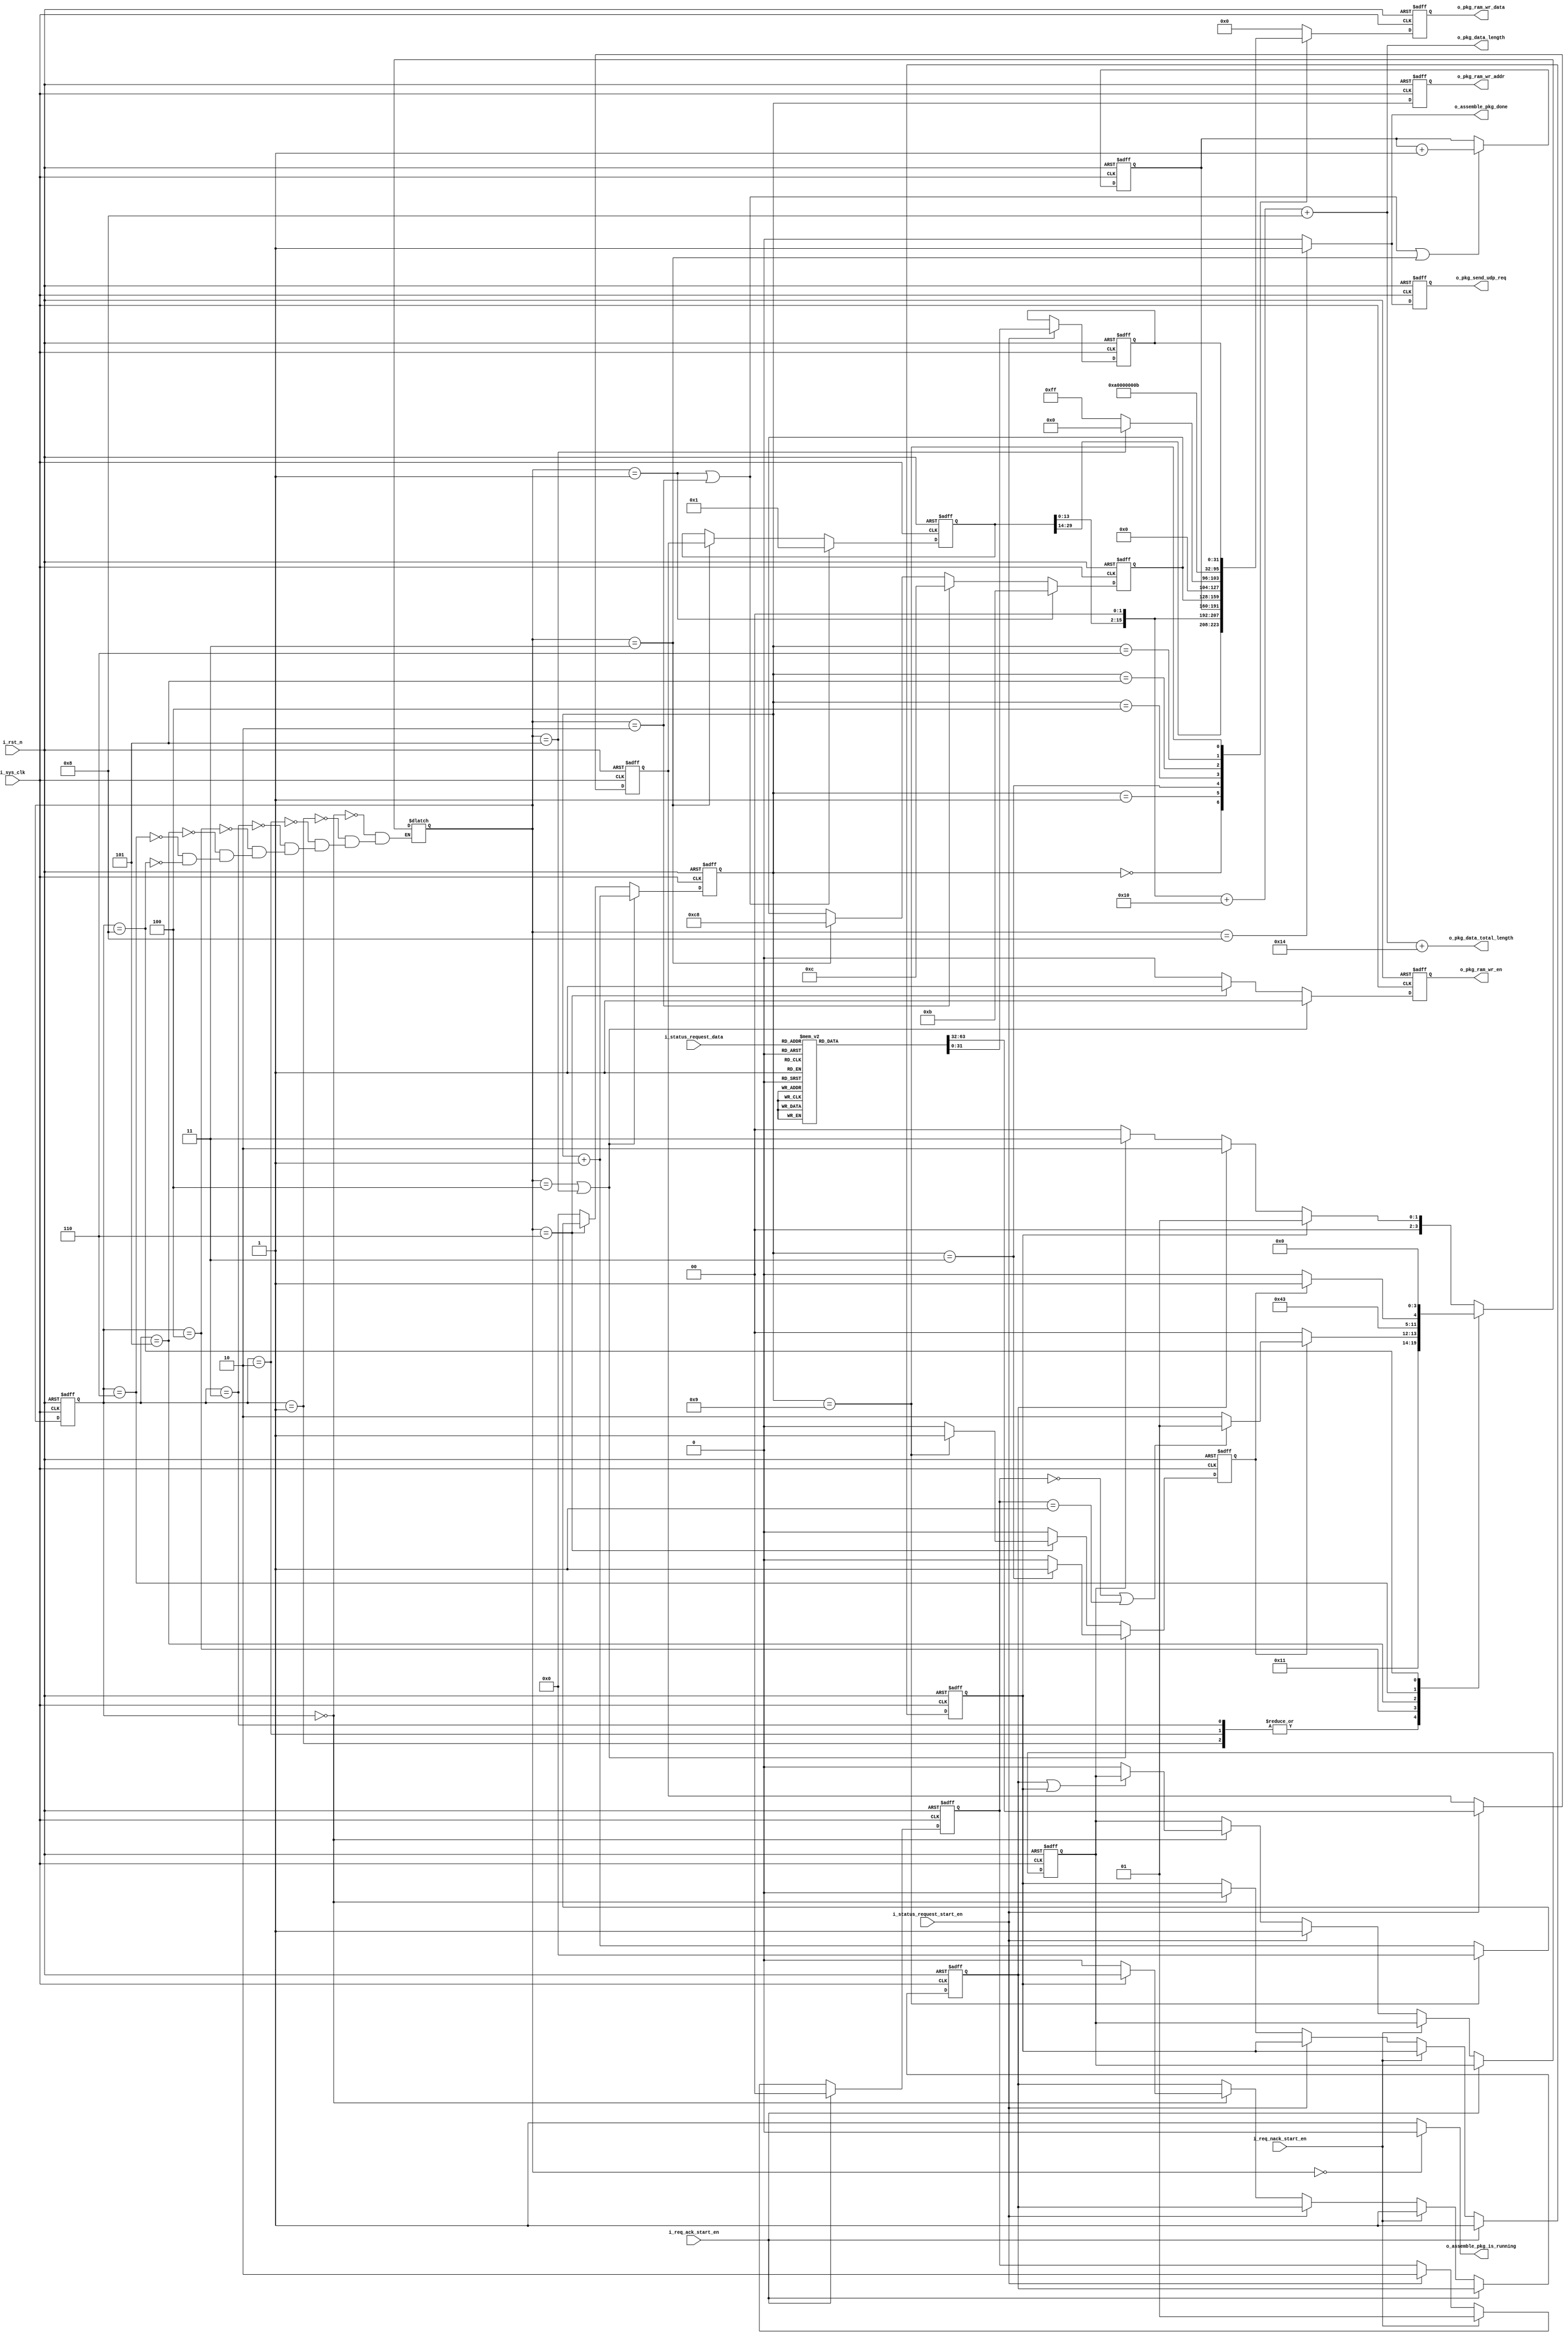
`timescale 1ns / 1ps
//////////////////////////////////////////////////////////////////////////////////
// Company:             Xunitek
// Module Name:         
// HDL Type:            Verilog HDL 
// Target Devices:      zynq-xc7z020clg484-1
// Tool versions:       vivado 2019.1 
// Description:         
// Create Date: 
// Dependencies: 
//--------------------------------------------------------------------------------
// Revision History 		                         
//
//--------------------------------------------------------------------------------
// Additional Comments: 
//protocal data header description:(16 bytes)
//byte          description          type           unit     value
// 4            s_pkg_length         uint_32        byte 
// 4            pkg_cnt              uint_32        num
// 4            reserved             uint_32        num
// 4            Message_ID           uint_32        num
//
//Message_ID:
//011:request ack     4byte
//012:request nack    4byte
//200:status data     variable
//////////////////////////////////////////////////////////////////////////////////
module mcc_data_assemble_pkg
    (
        input               i_sys_clk,
        input               i_rst_n,
        input               i_req_ack_start_en,
        input               i_req_nack_start_en,
        input               i_status_request_start_en,
        input [2:0]         i_status_request_data,
        
        output              o_assemble_pkg_done,
        output              o_assemble_pkg_is_running,
		output [15:0]       o_pkg_data_length,
		output [15:0]       o_pkg_data_total_length,
        output              o_pkg_ram_wr_en,
        output[8:0]         o_pkg_ram_wr_addr,
        output[31:0]        o_pkg_ram_wr_data,
        output  reg         o_pkg_send_udp_req

    );

`ifdef SIMULATION
parameter          Idle                             = "Idle" ;
parameter          Req_Ack_Pkg                      = "Req_Ack_Pkg" ;
parameter          Req_Nack_Pkg                     = "Req_Nack_Pkg" ;
parameter          Status_Data_Pkg                  = "Status_Data_Pkg" ;
parameter          Message_Header                   = "Message_Header" ;
parameter          Ack_Nack_Data                    = "Ack_Nack_Data" ;
parameter          Status_Response_Section_0        = "Status_Response_Section_0" ;
parameter          Write_Pkg_Done                   = "Write_Pkg_Done" ;
parameter          state_wid_msb                    = 200;
`else    
parameter          Idle                             = 4'd0 ;
parameter          Req_Ack_Pkg                      = 4'd1 ;
parameter          Req_Nack_Pkg                     = 4'd2 ;
parameter          Status_Data_Pkg                  = 4'd3 ;
parameter          Message_Header                   = 4'd4 ;
parameter          Ack_Nack_Data                    = 4'd5 ;
parameter          Status_Response_Section_0        = 4'd6 ;
parameter          Status_Response_Section_1        = 4'd7 ;
parameter          Write_Pkg_Done                   = 4'd8 ;
parameter          state_wid_msb                    = 4;
`endif

parameter           REQ_ACK                         =  2'd0;
parameter           REQ_NACK                        =  2'd1; 
parameter           STATUS                          =  2'd2;

parameter            None                            = 3'd0;
parameter            DOF_Option_1                    = 3'd1;
parameter            Length_Option_2                 = 3'd2;
parameter            Actuator_Data_Option_3          = 3'd3;
parameter            Accelerometer_Option_4          = 3'd4;
parameter            Alarm_List_Option_5             = 3'd5;
parameter            Dof_Extended_Data_Option_6      = 3'd6;
parameter            Automated_Test_Status_Option_7  = 3'd7;


reg [state_wid_msb-1:0]           s_fsm_cur;
reg [state_wid_msb-1:0]           s_fsm_next;
reg[31:0]           s_pkg_seq_cnt;
reg[31:0]           s_pkg_length;
reg[31:0]           s_status_data_pkg_length;
reg[31:0]           s_pkg_message_ID;
reg                 s_pkg_ram_wr_en;
reg[8:0]            s_pkg_ram_wr_addr;
reg[31:0]           s_pkg_ram_wr_data;

reg[31:0]           s_machine_status_word='d255;
reg[31:0]           s_discrete_io_word0=10;
reg[31:0]           s_discrete_io_word1=11;
reg[31:0]           s_optional_status_data=2;
reg[8:0]            s_pkg_cnt;
reg                 s_pkg_cnt_done;
reg  [1:0]          s_message_ID_type;
reg                 s_req_ack_wait;
reg                 s_req_nack_wait;
reg                 s_status_req_ack_wait;

always@(posedge i_sys_clk or negedge i_rst_n)
begin
    if(!i_rst_n)begin
        s_req_ack_wait          <= 1'b0;    
        s_req_nack_wait         <= 1'b0;
        s_status_req_ack_wait   <= 1'b0;
    end else if(i_req_ack_start_en)begin
        s_req_ack_wait          <= 1'b1;
    end else if(i_req_nack_start_en)begin
        s_req_nack_wait         <= 1'b1;
    end else if(i_status_request_start_en)begin
        s_status_req_ack_wait   <= 1'b1;
    end else if(s_fsm_cur == Idle)begin
        s_req_ack_wait          <= 1'b0;
        if(s_req_ack_wait)begin
            s_req_nack_wait         <= s_req_nack_wait;
        end else begin
            s_req_nack_wait         <= 1'b0;
        end
        if(s_req_nack_wait|s_req_ack_wait)begin
            s_status_req_ack_wait   <= s_status_req_ack_wait;
        end else begin
            s_status_req_ack_wait   <= 1'b0;
        end
    end else begin
        s_req_ack_wait          <= s_req_ack_wait;    
        s_req_nack_wait         <= s_req_nack_wait;
        s_status_req_ack_wait   <= s_status_req_ack_wait;
    end
end


always@(posedge i_sys_clk or negedge i_rst_n)
begin
    if(!i_rst_n)begin
        s_optional_status_data <= 'd0;
        s_status_data_pkg_length <= 'd0;
    end else if(i_status_request_start_en)begin
        case(i_status_request_data)
            None:  
                begin
                    s_optional_status_data <= 'd0;
                    s_status_data_pkg_length <= 'd0;
                end
            DOF_Option_1:
                begin
                    s_optional_status_data <= 'd1;
                    s_status_data_pkg_length <= 'd13;
                end
            Length_Option_2:
                begin
                    s_optional_status_data <= 'd2; 
                    s_status_data_pkg_length <= 'd13;  
                end
            Actuator_Data_Option_3:
                begin 
                    s_optional_status_data <= 'd3; 
                    s_status_data_pkg_length <= 'd68;
                end
            Accelerometer_Option_4:
                begin
                    s_optional_status_data <= 'd4;
                    s_status_data_pkg_length <= 'd10;
                end
            Alarm_List_Option_5:
                begin
                    s_optional_status_data <= 'd5;
                    s_status_data_pkg_length <= 'd40;
                end
            Dof_Extended_Data_Option_6:
                begin
                    s_optional_status_data <= 'd6;
                    s_status_data_pkg_length <= 'd43;
                end
            Automated_Test_Status_Option_7:
                begin
                    s_optional_status_data <= 'd7;
                    s_status_data_pkg_length <= 'd6;
                end
            default:
                begin
                    s_optional_status_data <= 'd0;
                    s_status_data_pkg_length <= 'd0;
                end
        endcase
    end else begin
        s_optional_status_data <= s_optional_status_data;
        s_status_data_pkg_length <= s_status_data_pkg_length;
    end


end

always@(posedge i_sys_clk or negedge i_rst_n)
begin
    if(!i_rst_n)begin
        s_message_ID_type   <= REQ_NACK;
    end else if(i_req_ack_start_en)begin
        s_message_ID_type   <= REQ_ACK;
    end else if(i_req_nack_start_en)begin
        s_message_ID_type   <= REQ_NACK;
    end else if(i_status_request_start_en)begin
        s_message_ID_type   <= STATUS;
    end else begin
        s_message_ID_type   <= s_message_ID_type;
    end
end

always@(posedge i_sys_clk or negedge i_rst_n)begin
    if(!i_rst_n)begin
        s_fsm_cur   <= Idle;
    end else begin
        s_fsm_cur   <= s_fsm_next;
    end
end                            
  
always@(*)
begin
    case(s_fsm_cur)
        Idle:
            begin
                if(s_req_ack_wait)begin
                    s_fsm_next <= Req_Ack_Pkg;
                end else if(s_req_nack_wait)begin
                    s_fsm_next <= Req_Nack_Pkg;
                end else if(s_status_req_ack_wait)begin
                    s_fsm_next <= Status_Data_Pkg;
                end else begin
                    s_fsm_next <= Idle;
                end
            end
        Req_Ack_Pkg:
            begin
                s_fsm_next <= Message_Header;
            end
        Req_Nack_Pkg:
            begin
                s_fsm_next <= Message_Header;
            end
        Status_Data_Pkg:
            begin
                s_fsm_next <= Message_Header;
            end  
        Message_Header:
            begin
                if(s_pkg_cnt_done)begin
                    if(s_message_ID_type == REQ_ACK || s_message_ID_type == REQ_NACK)begin
                        s_fsm_next <=   Ack_Nack_Data;
                    end else begin
                        s_fsm_next <=   Status_Response_Section_0;
                    end                    
                end else begin
                    s_fsm_next <= Message_Header;
                end
            end
        Ack_Nack_Data:
            begin
                s_fsm_next <=   Write_Pkg_Done;
            end
        Status_Response_Section_0:
            begin
                if(s_pkg_cnt_done)begin
                    s_fsm_next <= Status_Response_Section_1;
                end else begin
                    s_fsm_next <=   Status_Response_Section_0;
                end
            end
        Status_Response_Section_1:
            begin
            
            end
        Write_Pkg_Done:
            begin
                s_fsm_next <= Idle;
            end
        default:;
    endcase
end


always@(posedge i_sys_clk or negedge i_rst_n)begin
    if(!i_rst_n)begin
        s_pkg_length  <= 'd0;//header not included
    end else if(s_fsm_next == Req_Ack_Pkg || s_fsm_next == Req_Nack_Pkg)begin
        s_pkg_length  <= 'd1;
    end else if(s_fsm_next == Status_Data_Pkg)begin
        s_pkg_length  <= s_status_data_pkg_length;
    end else begin
        s_pkg_length  <= s_pkg_length;
    end
end

always@(posedge i_sys_clk or negedge i_rst_n)begin
    if(!i_rst_n)begin
        s_pkg_message_ID  <= 'd0;
    end else if(s_fsm_next == Req_Ack_Pkg)begin
        s_pkg_message_ID  <= 'd11;
    end else if(s_fsm_next == Req_Nack_Pkg)begin
        s_pkg_message_ID  <= 'd12;
    end else if(s_fsm_next == Status_Data_Pkg)begin
        s_pkg_message_ID  <= 'd200;
    end else begin
        s_pkg_message_ID  <= s_pkg_message_ID;
    end
end

always@(posedge i_sys_clk or negedge i_rst_n)begin
    if(!i_rst_n)begin
        s_pkg_seq_cnt     <= 'd0;
    end else if(s_fsm_next == Req_Ack_Pkg || s_fsm_next == Req_Nack_Pkg || s_fsm_next == Status_Data_Pkg)begin
        s_pkg_seq_cnt     <= s_pkg_seq_cnt + 1'b1;
    end else begin
        s_pkg_seq_cnt     <= s_pkg_seq_cnt;
    end
end

always@(posedge i_sys_clk or negedge i_rst_n)begin
    if(!i_rst_n)begin
        s_pkg_cnt           <= 'd0;
        s_pkg_cnt_done      <= 1'b0;
        s_pkg_ram_wr_en     <= 1'b0;
    end else if(s_fsm_next == Message_Header || s_fsm_next == Ack_Nack_Data)begin
        if(s_pkg_cnt=='d3)begin
            s_pkg_cnt       <= s_pkg_cnt + 1'b1;
            s_pkg_cnt_done  <= 1'b1;
        end else begin
            s_pkg_cnt       <= s_pkg_cnt + 1'b1;
            s_pkg_cnt_done  <= 1'b0;
        end
        s_pkg_ram_wr_en     <= 1'b1;
    end else if(s_fsm_next == Status_Response_Section_0)begin
        if(s_pkg_cnt=='d9)begin
            s_pkg_cnt       <= 0;
            s_pkg_cnt_done  <= 1'b1;
        end else begin
            s_pkg_cnt       <= s_pkg_cnt + 1'b1;
            s_pkg_cnt_done  <= 1'b0;
        end
        s_pkg_ram_wr_en     <= 1'b1;
    end else begin
        s_pkg_cnt           <= 'd0;
        s_pkg_cnt_done      <= 1'b0;
        s_pkg_ram_wr_en     <= 1'b0;
    end
end

always@(posedge i_sys_clk or negedge i_rst_n)begin
    if(!i_rst_n)begin
        o_pkg_send_udp_req <= 1'b0;
    end else if(s_fsm_next == Write_Pkg_Done)begin
        o_pkg_send_udp_req <= 1'b1;
    end else begin
        o_pkg_send_udp_req <= 1'b0;
    end
end

always@(posedge i_sys_clk or negedge i_rst_n)begin
    if(!i_rst_n)begin
        s_pkg_ram_wr_addr <= 'd0;
    end else begin
        s_pkg_ram_wr_addr <= s_pkg_cnt;
    end
end


always@(posedge i_sys_clk or negedge i_rst_n)begin
    if(!i_rst_n)begin
        s_pkg_ram_wr_data   <= 'd0;
    end else begin
        case(s_pkg_cnt)
            'd0:    s_pkg_ram_wr_data <= s_pkg_length<<2;
            'd1:    s_pkg_ram_wr_data <= s_pkg_seq_cnt;
            'd2:    s_pkg_ram_wr_data <= 'd0;
            'd3:    s_pkg_ram_wr_data <= s_pkg_message_ID;
            'd4:    
                begin
                    if(s_fsm_next == Ack_Nack_Data)begin
                        s_pkg_ram_wr_data <= 'd0;
                    end else begin
                        s_pkg_ram_wr_data <= s_machine_status_word;
                    end
                end
            'd5:    s_pkg_ram_wr_data <= s_discrete_io_word0;
            'd6:    s_pkg_ram_wr_data <= s_discrete_io_word1;  
            'd9:    s_pkg_ram_wr_data <= s_optional_status_data;  
            default:s_pkg_ram_wr_data <= 'd0;
        endcase
    end
end
assign o_assemble_pkg_is_running  =  (s_fsm_next ==Idle)?0:1;               
assign o_assemble_pkg_done        =  (s_fsm_next ==Write_Pkg_Done)?1:0;        
assign o_pkg_data_length          =  (s_pkg_length<<2)+16+8; //pkg_length*4 + message header + udp header    //add udp header length(data pkg length  + udp header 8bytes)
assign o_pkg_data_total_length    =  o_pkg_data_length + 20;                      //add ip header length
assign o_pkg_ram_wr_en            =  s_pkg_ram_wr_en;
assign o_pkg_ram_wr_addr          =  s_pkg_ram_wr_addr;
assign o_pkg_ram_wr_data          =  s_pkg_ram_wr_data;
endmodule